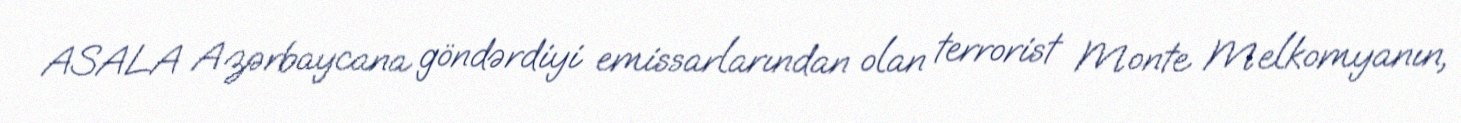
ASALA Azərbaycana göndərdiyi emissarlarından olan terrorist Monte Melkomyanın,